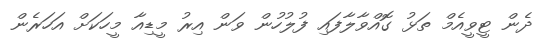
ދެން ޓީވީއެމް ތަޅު ގޮއްވާލާފައި ފުލުހުން ވަން އިރު މީޑިއާ މީހަކަށް އަހަރެން